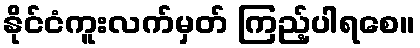
နိုင်ငံကူးလက်မှတ် ကြည့်ပါရစေ။